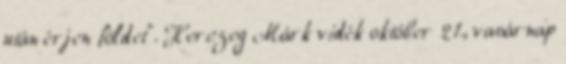
után érjen földet”. Herczeg Márk vidék október 21., vasárnap